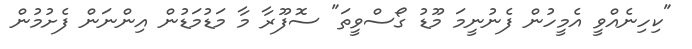
"ކިހިނެއްވީ އެމީހުން ފެނުނީމަ މޫޑު ގޯސްވީތަ" ސޮފޫރާ މާ މަޑުމަޑުން އިންނަން ފެށުމުން